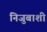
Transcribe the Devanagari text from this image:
निजुबाशी